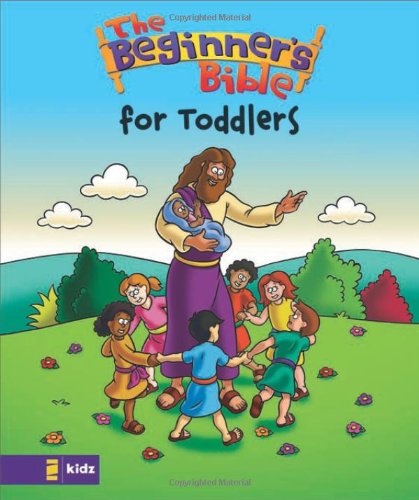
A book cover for The Beginner's Bible for Toddlers; Mission City Press  Inc.; Christian Books & Bibles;